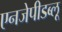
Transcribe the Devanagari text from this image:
एनजेपीडब्लू